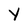
Character: Y